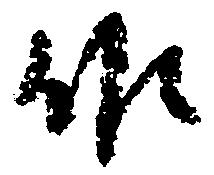
候